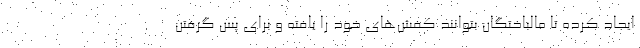
ایجاد کرده تا مالباختگان بتوانند کفش‌های خود را یافته و برای پس گرفتن